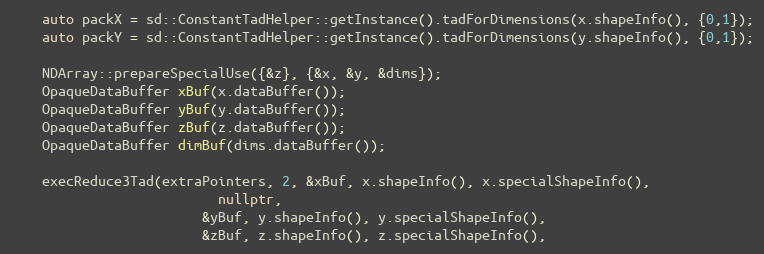
Language: C++
    auto packX = sd::ConstantTadHelper::getInstance().tadForDimensions(x.shapeInfo(), {0,1});
    auto packY = sd::ConstantTadHelper::getInstance().tadForDimensions(y.shapeInfo(), {0,1});

    NDArray::prepareSpecialUse({&z}, {&x, &y, &dims});
    OpaqueDataBuffer xBuf(x.dataBuffer());
    OpaqueDataBuffer yBuf(y.dataBuffer());
    OpaqueDataBuffer zBuf(z.dataBuffer());
    OpaqueDataBuffer dimBuf(dims.dataBuffer());

    execReduce3Tad(extraPointers, 2, &xBuf, x.shapeInfo(), x.specialShapeInfo(),
                          nullptr,
                        &yBuf, y.shapeInfo(), y.specialShapeInfo(),
                        &zBuf, z.shapeInfo(), z.specialShapeInfo(),